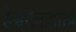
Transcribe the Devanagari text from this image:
ईश्वरावतारास